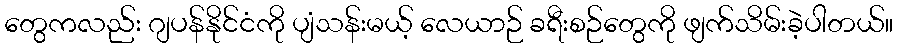
တွေကလည်း ဂျပန်နိုင်ငံကို ပျံသန်းမယ့် လေယာဉ် ခရီးစဉ်တွေကို ဖျက်သိမ်းခဲ့ပါတယ်။